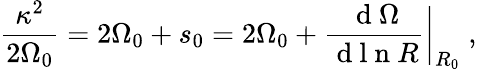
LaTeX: \frac{\kappa^{2}}{2{\Omega}_{0}}=2{\Omega}_{0}+s_{0}=2{\Omega}_{0}+\frac{\mathrm{~d~}{\Omega}}{\mathrm{~d~l~n~}R}\bigg|_{R_{0}}\; ,